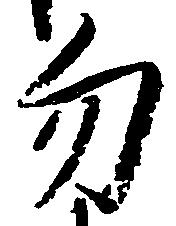
勿